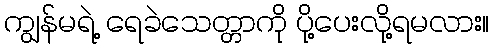
ကျွန်မရဲ့ ရေခဲသေတ္တာကို ပို့ပေးလို့ရမလား။